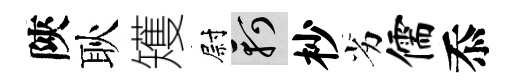
陝耿矱尉軻杪劣儒忝